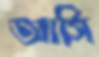
আর্সি